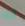
أنك